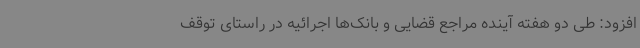
افزود: طی دو هفته آینده مراجع قضایی و بانک‌ها اجرائیه در راستای توقف